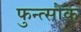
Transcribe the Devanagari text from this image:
फुन्त्सोक